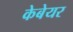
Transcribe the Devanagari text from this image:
केबेयर